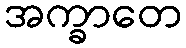
အက္ခာတေ